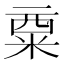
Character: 𱹅